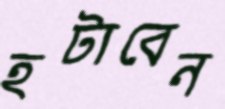
হটাবেন